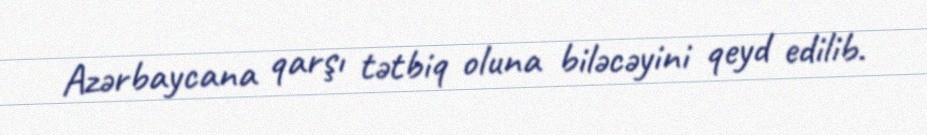
Azərbaycana qarşı tətbiq oluna biləcəyini qeyd edilib.